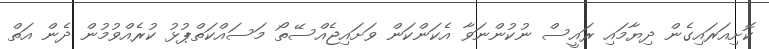
ކޮށިއަރައިގެން ދިޔާމައި ރައީސް ނުކުންނަވާ އެކަންކަން ވަށައިޖެއްސޭތޯ މަސައްކަތްޕުޅު ކުރެއްވުމުން ދެން އަތް